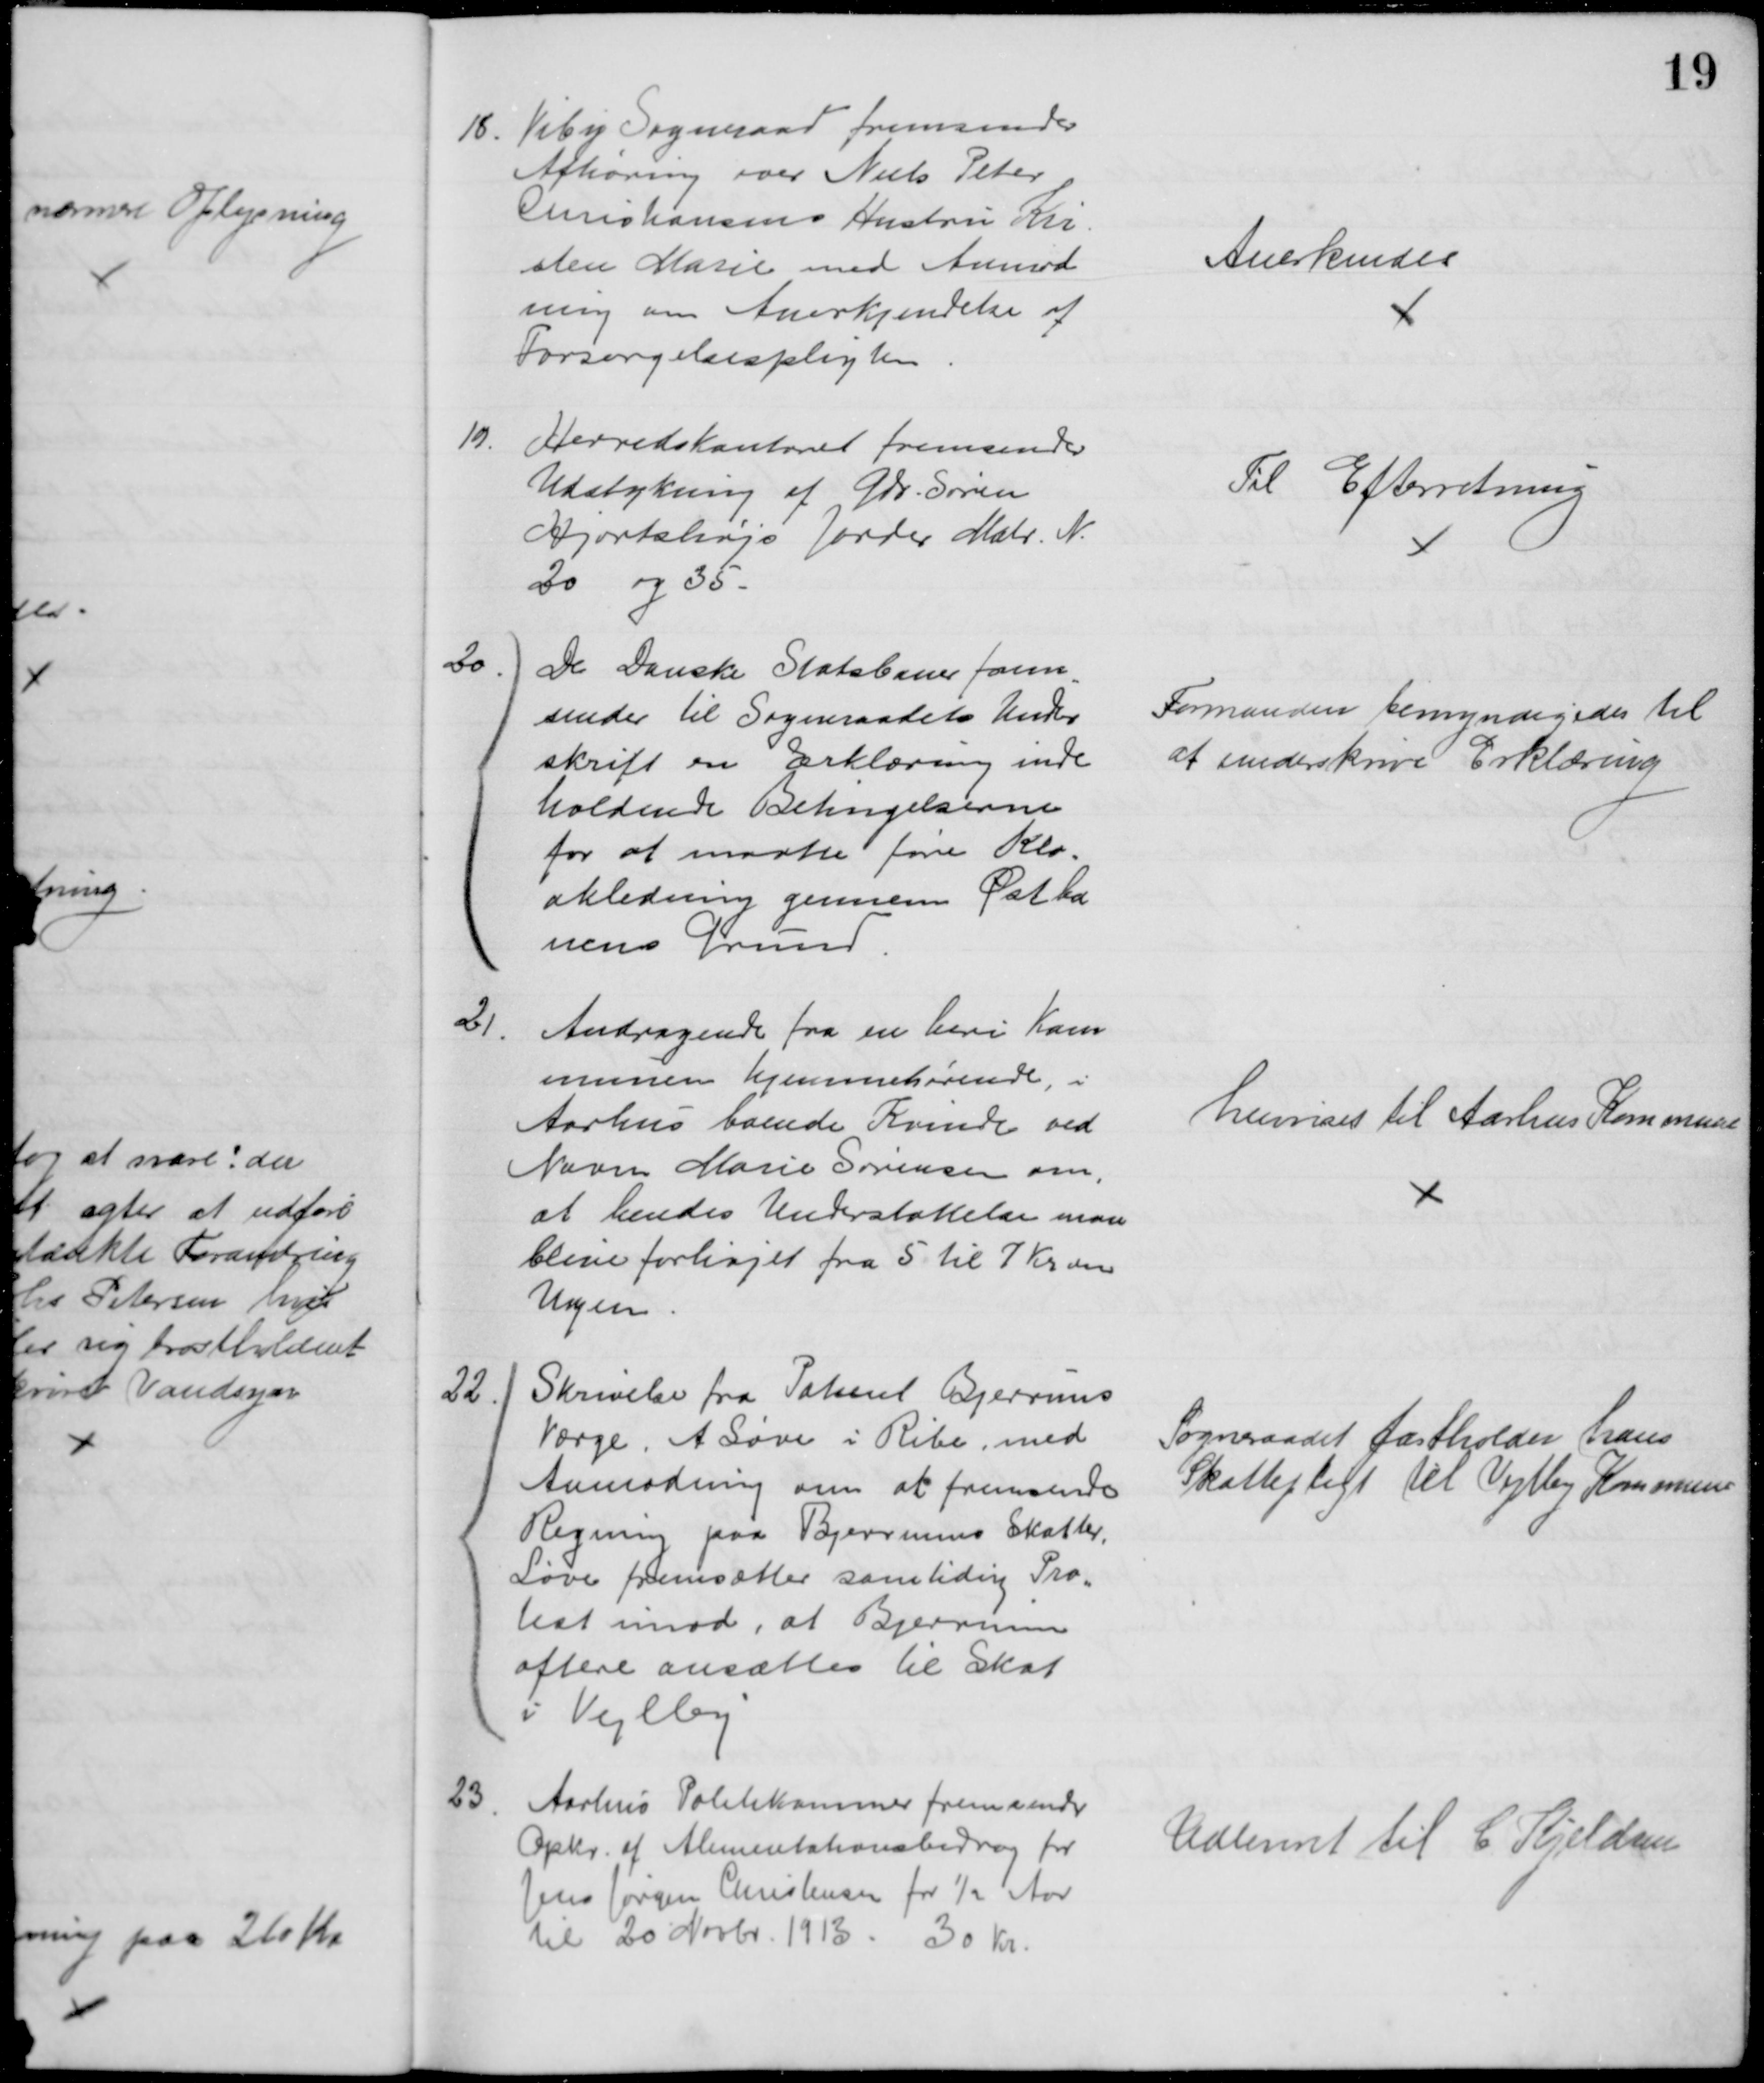
Transskription:
18. Viby Sogneraad fremsender
Afhøring over Niels Peter
Christiansens Hustru Kir-
sten Marie med Anmod
ning om Anerkjendelse af
Forsørgelsespligten
Anerkendes
19.
Herredskontoret fremsender
Udstykning af Gdr. Søren
Hjortshøjs Jorder Matr. № 
20 og 35 
Til Efterretning
20.
De Danske Statsbaner frem
=
sender til Sogneraadets Under
skrift en Erklæring inde
holdende Betingelserne
for at maatte føre Klo=
akledning gennem Østba
nens Grund.
Formanden bemyndigedes til
at underskrive Erklæring
21.
Andragende fra en heri Kom
munen hjemmehørende, i
Aarhus boende Kvinde ved
Navn Marie Sørensen om,
at hendes Understøttelse maa
blive forhøjet fra 5 til 7 Kr om
Ugen
henvises til Aarhus Kommune
22.
Skrivelse fra Patient Bjerrums
Værge, A Løve i Ribe, med
Anmodning om at fremsende
Regning paa Bjerrums Skatter,
Løve fremsætter samtidig Pro=
test imod, at Bjerrum
oftere ansættes til Skat
i Vejlby
Sogneraadet fastholder hans 
Skattepligt til Vejlby Kommune
23
Aarhus Politikammer fremsender
Opkr. af Alimentationsbidrag for
Jens Jørgen Christensen for ½ Aar
til 20 Novbr. 1913. 30 Kr.
Udleveret til C. Kjeldsen